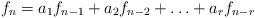
LaTeX: \begin{align*}f_n = a_1 f_{n-1} + a_2 f_{n-2} + \hdots + a_r f_{n-r} \end{align*}